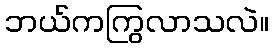
ဘယ်ကကြွလာသလဲ။